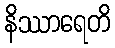
နိဿာရေတိ